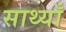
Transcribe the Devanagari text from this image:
साथ्याँ